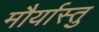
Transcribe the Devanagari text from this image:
मौर्यास्तु